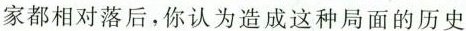
家都相对落后，你认为造成这种局面的历史